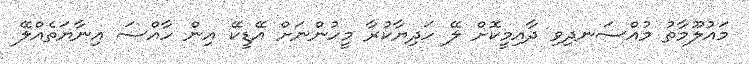
މައުލޫމާތު މުއްސަނދިވި ދާއިމީކޮށް ލޭ ހަދިޔާކުރާ މީހުންނަށް އޭޑީކޭ އިން ހާއްސަ އިނާޔަތެއްލޭ